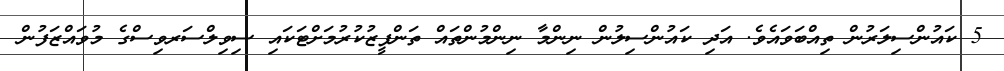
5 ކައުންސިލަރުން ތިއްބަވައެވެ. އަދި ކައުންސިލުން ނިންމާ ނިންމުންތައް ތަންފީޒުކުރުމަށްޓަކައި ސިވިލްސަރވިސްގެ މުވައްޒަފުން